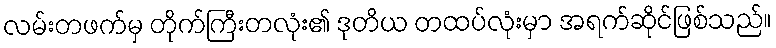
လမ်းတဖက်မှ တိုက်ကြီးတလုံး၏ ဒုတိယ တထပ်လုံးမှာ အရက်ဆိုင်ဖြစ်သည်။